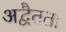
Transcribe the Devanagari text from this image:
अद्वैतता